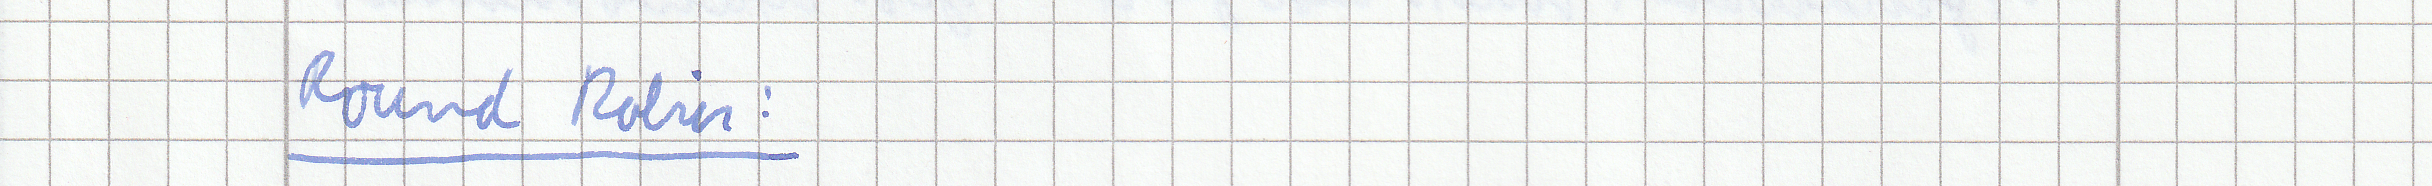
Round Robin :